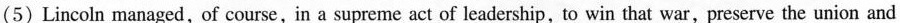
(5)Lincoln managed, of course,in a supreme act of leadership,to win that war,preserve the union and